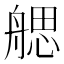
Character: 𦩭